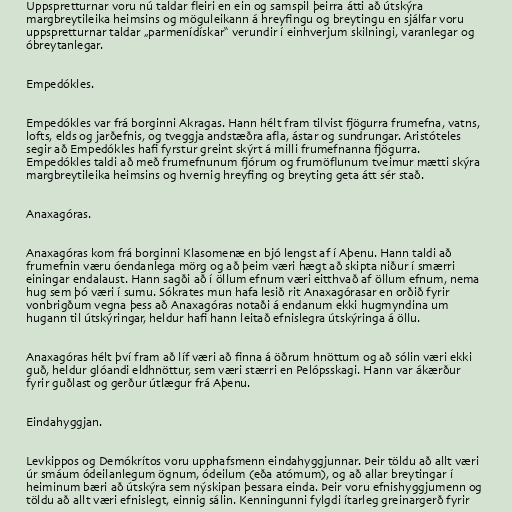
Uppspretturnar voru nú taldar fleiri en ein og samspil þeirra átti að útskýra
margbreytileika heimsins og möguleikann á hreyfingu og breytingu en sjálfar voru
uppspretturnar taldar „parmenídískar“ verundir í einhverjum skilningi, varanlegar og
óbreytanlegar.

Empedókles.

Empedókles var frá borginni Akragas. Hann hélt fram tilvist fjögurra frumefna, vatns,
lofts, elds og jarðefnis, og tveggja andstæðra afla, ástar og sundrungar. Aristóteles
segir að Empedókles hafi fyrstur greint skýrt á milli frumefnanna fjögurra.
Empedókles taldi að með frumefnunum fjórum og frumöflunum tveimur mætti skýra
margbreytileika heimsins og hvernig hreyfing og breyting geta átt sér stað.

Anaxagóras.

Anaxagóras kom frá borginni Klasomenæ en bjó lengst af í Aþenu. Hann taldi að
frumefnin væru óendanlega mörg og að þeim væri hægt að skipta niður í smærri
einingar endalaust. Hann sagði að í öllum efnum væri eitthvað af öllum efnum, nema
hug sem þó væri í sumu. Sókrates mun hafa lesið rit Anaxagórasar en orðið fyrir
vonbrigðum vegna þess að Anaxagóras notaði á endanum ekki hugmyndina um
hugann til útskýringar, heldur hafi hann leitað efnislegra útskýringa á öllu.

Anaxagóras hélt því fram að líf væri að finna á öðrum hnöttum og að sólin væri ekki
guð, heldur glóandi eldhnöttur, sem væri stærri en Pelópsskagi. Hann var ákærður
fyrir guðlast og gerður útlægur frá Aþenu.

Eindahyggjan.

Levkippos og Demókrítos voru upphafsmenn eindahyggjunnar. Þeir töldu að allt væri
úr smáum ódeilanlegum ögnum, ódeilum (eða atómum), og að allar breytingar í
heiminum bæri að útskýra sem nýskipan þessara einda. Þeir voru efnishyggjumenn og
töldu að allt væri efnislegt, einnig sálin. Kenningunni fylgdi ítarleg greinargerð fyrir